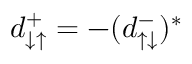
d _ { \downarrow \uparrow } ^ { + } = - ( d _ { \uparrow \downarrow } ^ { - } ) ^ { * }